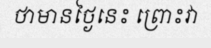
ថាមានថ្ងៃនេះ ព្រោះវា